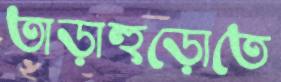
তাড়াহুড়োতে